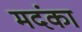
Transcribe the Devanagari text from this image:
मदंका